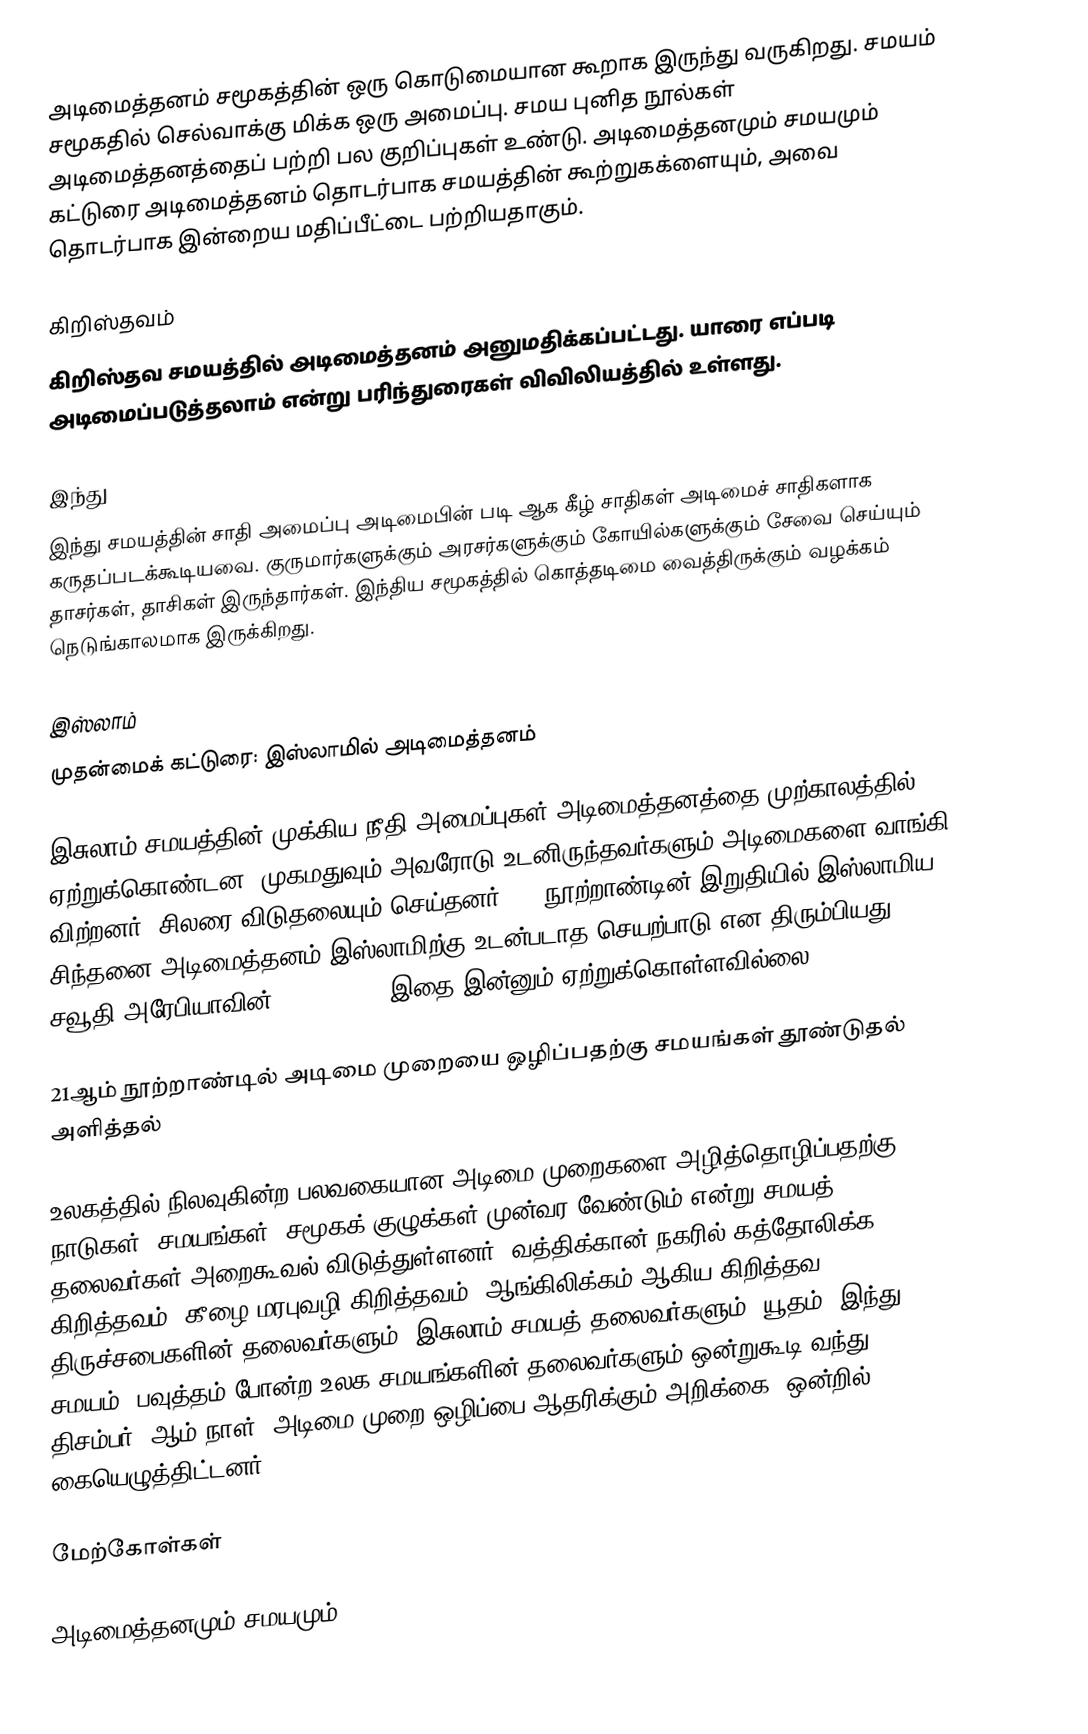
அடிமைத்தனம் சமூகத்தின் ஒரு கொடுமையான கூறாக இருந்து வருகிறது.  சமயம் சமூகதில் செல்வாக்கு மிக்க ஒரு அமைப்பு.  சமய புனித நூல்கள் அடிமைத்தனத்தைப் பற்றி பல குறிப்புகள் உண்டு.  அடிமைத்தனமும் சமயமும் கட்டுரை அடிமைத்தனம் தொடர்பாக சமயத்தின் கூற்றுகக்ளையும், அவை தொடர்பாக இன்றைய மதிப்பீட்டை பற்றியதாகும்.

கிறிஸ்தவம்
கிறிஸ்தவ சமயத்தில் அடிமைத்தனம் அனுமதிக்கப்பட்டது.  யாரை எப்படி அடிமைப்படுத்தலாம் என்று பரிந்துரைகள் விவிலியத்தில் உள்ளது.

இந்து
இந்து சமயத்தின் சாதி அமைப்பு அடிமைபின் படி ஆக கீழ் சாதிகள் அடிமைச் சாதிகளாக கருதப்படக்கூடியவை.  குருமார்களுக்கும் அரசர்களுக்கும் கோயில்களுக்கும் சேவை செய்யும் தாசர்கள், தாசிகள் இருந்தார்கள்.  இந்திய சமூகத்தில் கொத்தடிமை வைத்திருக்கும் வழக்கம் நெடுங்காலமாக இருக்கிறது.

இஸ்லாம்
முதன்மைக் கட்டுரை: இஸ்லாமில் அடிமைத்தனம்

இசுலாம் சமயத்தின் முக்கிய நீதி அமைப்புகள் அடிமைத்தனத்தை முற்காலத்தில் ஏற்றுக்கொண்டன.  முகமதுவும் அவரோடு உடனிருந்தவர்களும் அடிமைகளை வாங்கி விற்றனர்.  சிலரை விடுதலையும் செய்தனர்.   19 நூற்றாண்டின் இறுதியில் இஸ்லாமிய சிந்தனை அடிமைத்தனம் இஸ்லாமிற்கு உடன்படாத செயற்பாடு என திரும்பியது.  சவூதி அரேபியாவின் :en:Wahhabi இதை இன்னும் ஏற்றுக்கொள்ளவில்லை.

21ஆம் நூற்றாண்டில் அடிமை முறையை ஒழிப்பதற்கு சமயங்கள் தூண்டுதல் அளித்தல்

உலகத்தில் நிலவுகின்ற பலவகையான அடிமை முறைகளை அழித்தொழிப்பதற்கு நாடுகள், சமயங்கள், சமூகக் குழுக்கள் முன்வர வேண்டும் என்று சமயத் தலைவர்கள் அறைகூவல் விடுத்துள்ளனர். வத்திக்கான் நகரில் கத்தோலிக்க கிறித்தவம், கீழை மரபுவழி கிறித்தவம், ஆங்கிலிக்கம் ஆகிய கிறித்தவ திருச்சபைகளின் தலைவர்களும், இசுலாம் சமயத் தலைவர்களும், யூதம், இந்து சமயம், பவுத்தம் போன்ற உலக சமயங்களின் தலைவர்களும் ஒன்றுகூடி வந்து 2014, திசம்பர் 2ஆம் நாள் “அடிமை முறை ஒழிப்பை ஆதரிக்கும் அறிக்கை” ஒன்றில் கையெழுத்திட்டனர்.

மேற்கோள்கள்

அடிமைத்தனமும் சமயமும்